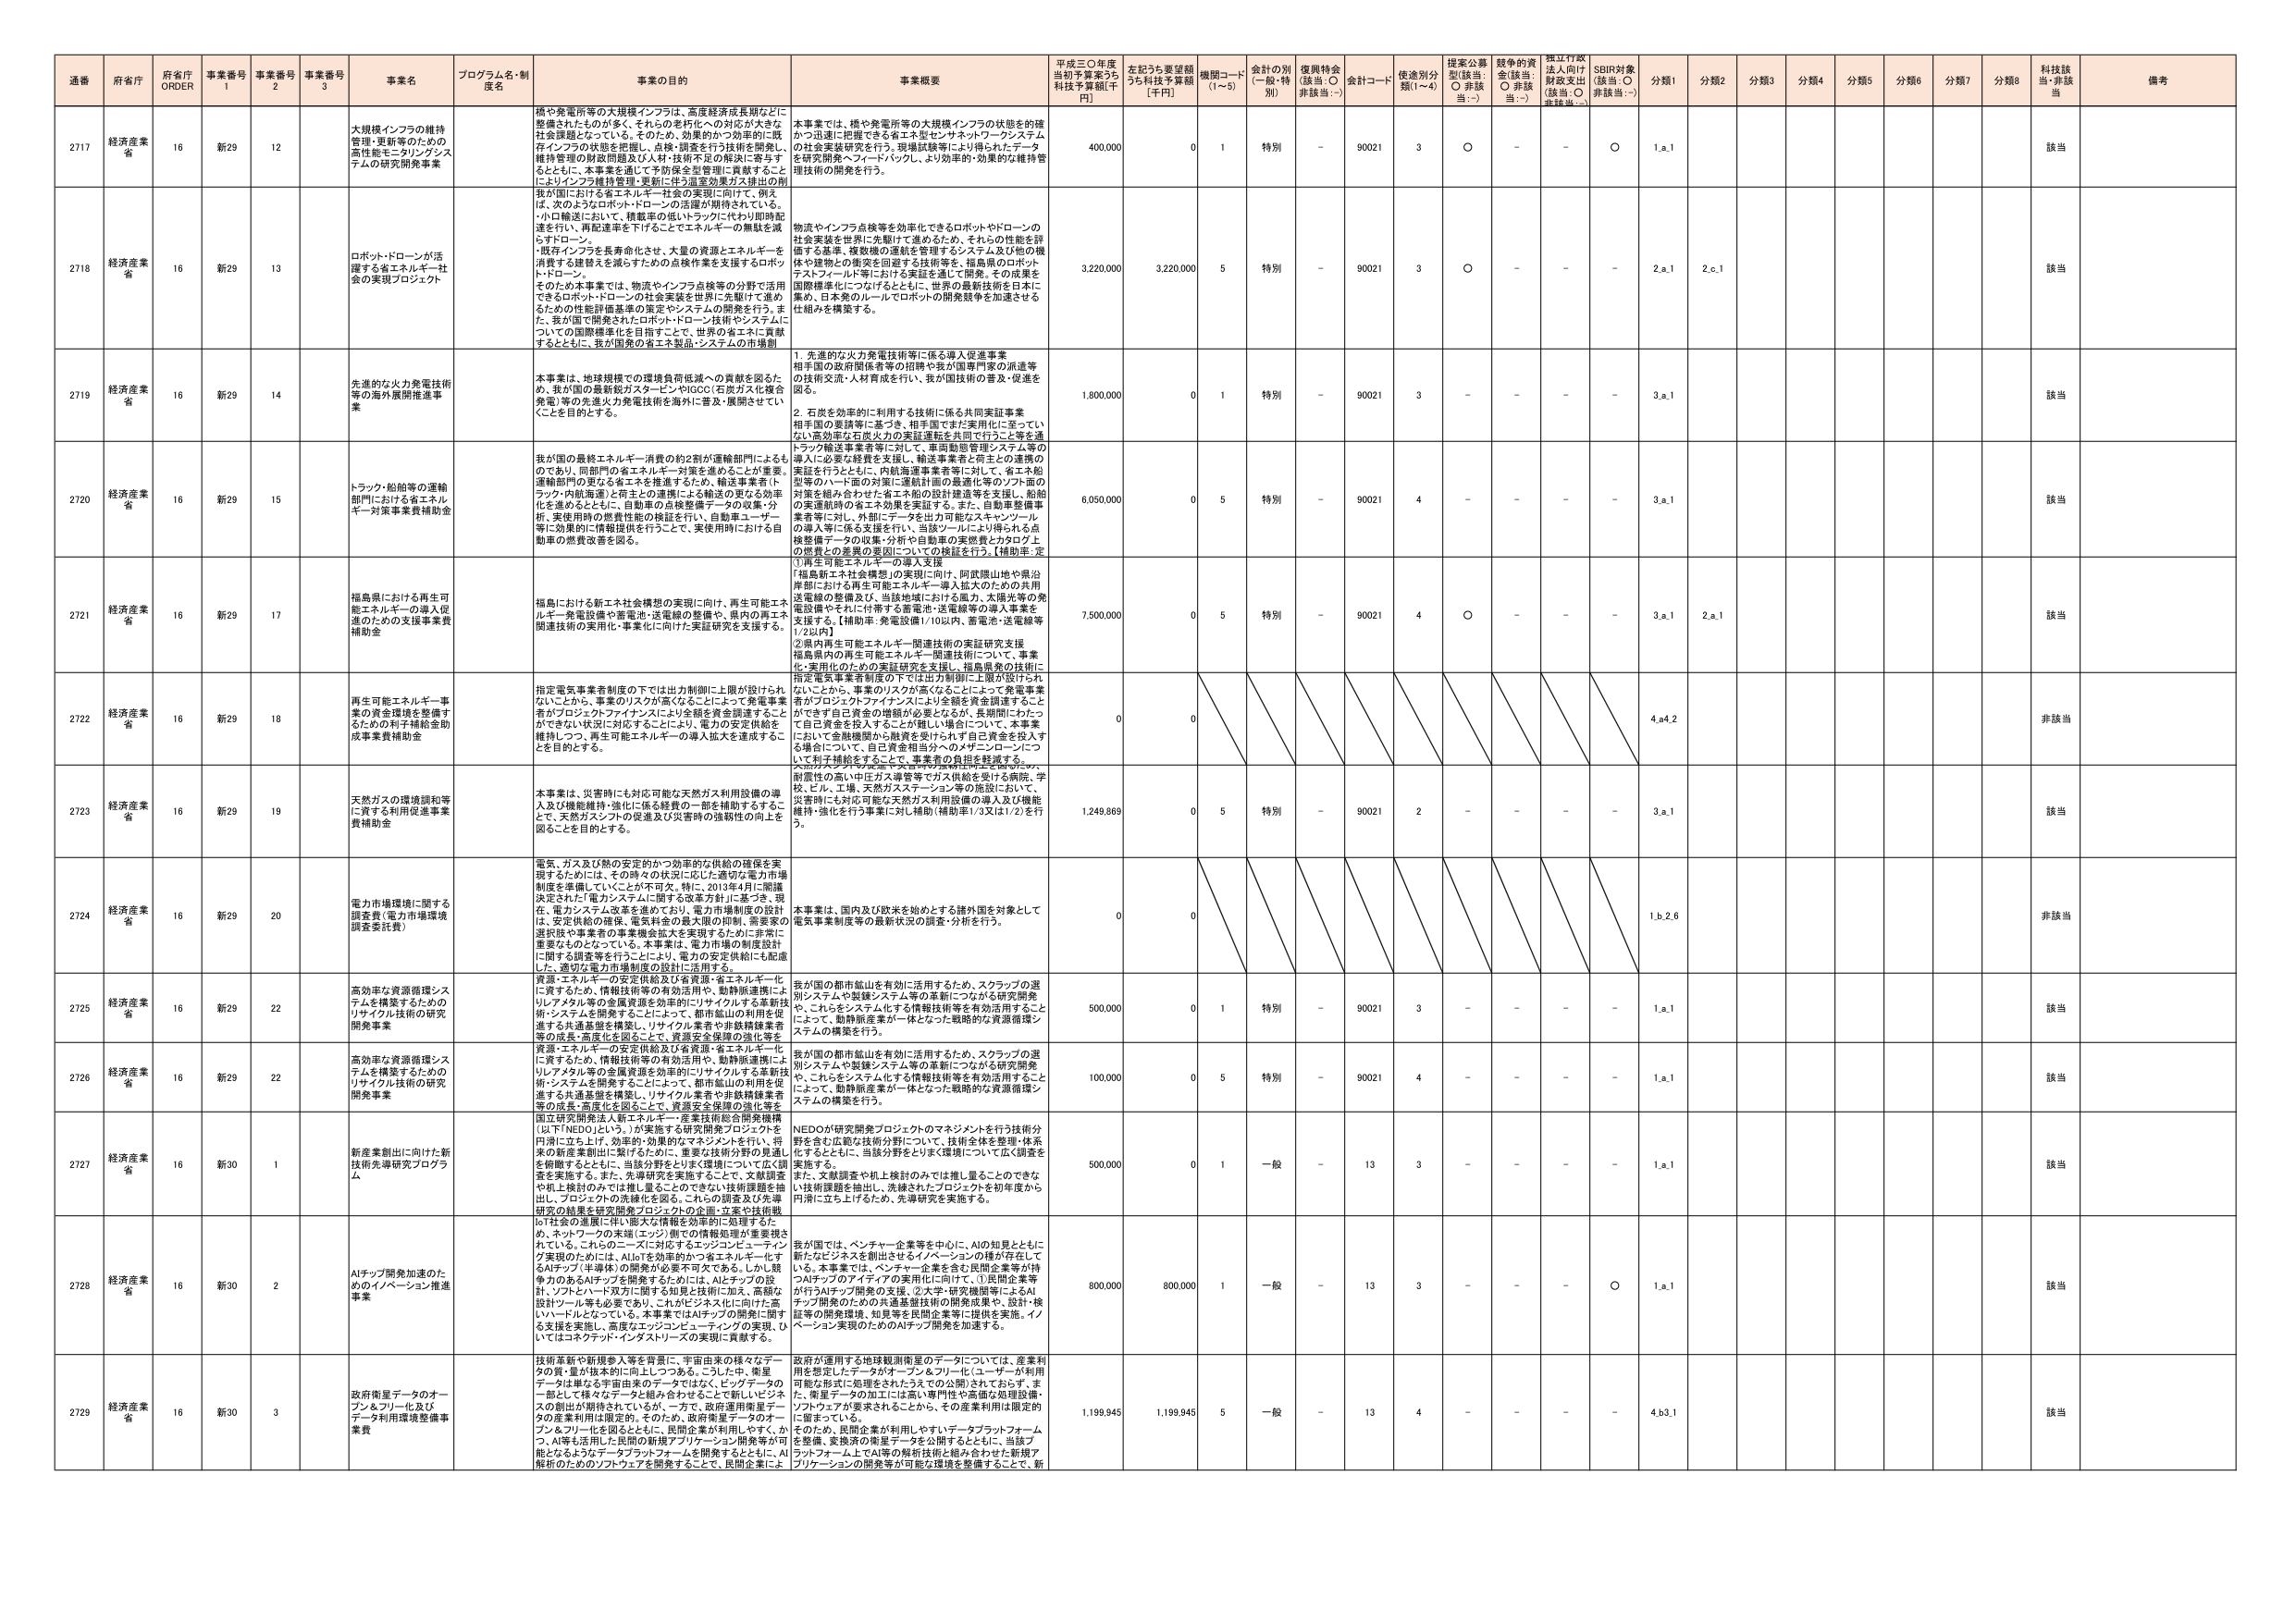
通番 府省庁 府省庁 ORDER 事業番号 1 事業番号 2 事業番号 3 事業名 プログラム名・制度名 事業の目的 事業概要 平成三〇年度当初予算案うち科技予算額[千円] 左記うち要望額うち科技予算額[千円] 機関コード(1~5) 金計の別(一般・特別) 復興特金(該当:○ 非該当:－) 会計コード 使途別分類(1~4) 提案公募型(該当:○ 非該当:－) 裁争的資金(該当:○ 非該当:－) 採択行政法人向け財政支出(該当:○ 非該当:－) SDBR対象(該当:○ 非該当:－) 分類1 分類2 分類3 分類4 分類5 分類6 分類7 分類8 科技該当・非該当 備考

2717 経済産業省 16 新29 12 大規模インフラの維持管理・更新等のための高性能モニタリングシステムの研究開発事業 橋や発電所等の大規模インフラは、高度経済成長期などに整備されたものが多く、それらの老朽化への対応が大きな社会課題となっている。そのため、効果的かつ効率的に既存インフラの状態を把握し、点検・調査を行う技術を開発し、維持管理の財政問題及び人材・技術不足の解決に寄与するとともに、本事業を通じて予防保全型管理に貢献することによりインフラ維持管理・更新に伴う温室効果ガス排出の削減が図り上げる省エネルギー社会の実現に向け、例えば、次のようロボット・ドローンの活用が期待されている。・小口輸送において、積載率の低いトラックに代わり即時配達を行い、再配達率を下げることでエネルギーの無駄を減らすロボーン。・既存インフラを長寿命化させ、大量の資源エネルギーを消費する建設工を避けるための点検作業を支援するロボット・ドローン。そのため本事業では、物流やインフラ点検等の分野で活用できるロボット・ドローンの社会実装を世界に先駆けて進めるための性能評価基準の策定やシステムの開発を行う。また、我が国で開発されたロボット・ドローン技術やシステムについての国際標準化を目指すことで、世界の省エネに貢献するとともに、我が国発の省エネ製品・システムの市場創出を図る。 本事業では、橋や発電所等の大規模インフラの状態を的確かつ迅速に把握できる省エネ型センサネットワークシステムの社会実装研究を行う。現地試験等により得られたデータを研究開発へフィードバックし、より効率的・効果的な維持管理技術の開発を行う。 400,000 0 1 特別 - 90021 3 ○ - - ○ 1.a.1 該当

2718 経済産業省 16 新29 13 ロボット・ドローンが活躍する省エネルギー社会の実現プロジェクト 物流やインフラ点検等を効率化できるロボットやドローンの社会実装を世界に先駆けて進めるため、それらの性能を評価する基準、複数機の運転を管理するシステム及び他の機体や建物との衝突の回避する技術等を、福島県のロボット・テストフィールド等における実証を通じて開発。その成果を国際標準化につなげるとともに、世界の最新技術を日本に集め、日本発のルールでロボットの開発競争を加速させる仕組みを構築する。 3,220,000 3,220,000 5 特別 - 90021 3 ○ - - - 2.a.1 2.c.1 該当

2719 経済産業省 16 新29 14 先進的な火力発電技術等の海外展開推進事業 本事業は、地球規模での環境負荷低減への貢献を図るため、我が国の最新鋭ガスタービンやIGCC（石炭ガス化複合発電）等の先進火力発電技術を海外に普及・展開させていくことを目的とする。 1. 先進的な火力発電技術等に係る導入促進事業 相手国の政府関係者等の招聘や我が国専門家の派遣等の技術交流・人材育成を行い、我が国技術の普及・促進を図る。 2. 石炭を効率的に利用する技術に係る共同証明事業 相手国の要請等に基づき、相手国でまだ実用化に至っていない高効率な石炭火力の実証運転を共同で行うこと等を通じ、トラック輸送事業者等に対して、車両動態管理システム等の導入に必要な経費を支援し、輸送事業者と荷主との連携の実証を行うとともに、内航海運事業者等に対して、省エネ船型等のハード面の対策に連結計画の最適化等のソフト面の対策を組み合わせた省エネ船の設計推進等を支援し、船舶の実連航時の省エネ効果を実証する。また、自動車整備事業者等に対し、外部にデータを出力可能なスキャンツールの導入等に係る支援を行い、当該ツールにより得られる点検整備データの収集・分析や自動車の実際費とタロゲ上の燃費との差異の要因についての検証を行う。【補助率：定 1,800,000 0 1 特別 - 90021 3 - - - - 3.a.1 該当

2720 経済産業省 16 新29 15 トラック・船舶等の運輸部門における省エネルギー対策事業費補助金 我が国の最終エネルギー消費の約2割が運輸部門によるものであり、同部門の省エネルギー対策を進めることが重要。運輸部門の更なる省エネを推進するため、輸送事業者（トラック・内航海運）と荷主との連携による輸送の更なる効率化を進めるとともに、自動車の点検整備データの収集・分析、実使用時の燃費性能の検証を行い、自動車ユーザー等に効果的に情報提供を行うことで、実使用時における自動車の燃費改善を図る。 6,050,000 0 5 特別 - 90021 4 - - - - 3.a.1 該当

2721 経済産業省 16 新29 17 福島県における再生可能エネルギーの導入促進のための支援事業費補助金 福島における新エネルギー構想の実現に向け、再生可能エネルギー発電設備や蓄電池・送電線の整備や、県内の再エネ関連技術の実用化・事業化に向けた実証研究を支援する。 ①再生可能エネルギーの導入支援 「福島県エネルギー構想」の実現に向け、阿武隈山地や県沿岸部における再生可能エネルギー導入拡大のための共用送電線の整備及び、当該地域における風力、太陽光等の発電設備やそれに付帯する蓄電池・送電線等の導入事業を支援する。【補助率：発電設備1/10以内、蓄電池・送電線等1/2以内】 ②県内再生可能エネルギー関連技術の実証研究支援 福島県内の再生可能エネルギー関連技術について、事業化・実用化のための実証研究を支援し、福島県発の技術に指定電気事業者制度の下では出力制御に工場が設けられないことから、事業のリスクが高くなることによって発電事業者がプロジェクトファイナンスにより金額を資金調達すること 7,500,000 0 5 特別 - 90021 4 ○ - - - 3.a.1 2.a.1 該当

2722 経済産業省 16 新29 18 再生可能エネルギー事業の資金環境を整備するための利子補給金助成事業費補助金 指定電気事業者制度の下では出力制御に上限が設けられないことから、事業のリスクが高くなることによって発電事業者がプロジェクトファイナンスにより金額を資金調達すること ができない状況に対応することにより、電力の安定供給を維持しつつ、再生可能エネルギーの導入拡大を達成することを目的とする。 0 0 4,a4.2 非該当

2723 経済産業省 16 新29 19 天然ガスの環境調和等に資する利用促進事業費補助金 本事業は、災害時にも対応可能な天然ガス利用設備の導入及び機能維持・強化に係る経費の一部を補助するすることで、天然ガスシフトの促進及び災害時の強靭性の向上を図ることを目的とする。 耐震性の高い中圧ガス導管等でガス供給を受ける病院、学校、ビル、工場、天然ガスステーション等の施設において、災害時にも対応可能な天然ガス利用設備の導入及び機能維持・強化を行う事業に対し補助（補助率1/3又は1/2）を行う。 1,249,869 0 5 特別 - 90021 2 - - - - 3.a.1 該当

2724 経済産業省 16 新29 20 電力市場環境に関する調査費（電力市場環境調査委託費） 電気、ガス及び熱の安定的かつ効率的な供給の確保を実現するためには、その時々の状況に応じた適切な電力市場制度を準備していくことが不可欠。特に、2013年4月に閣議決定された「電力システムに関する改革方針」に基づき、現在、電力システム改革を進めており、電力市場制度の設計は、安定供給の確保、電気料金の最大限の抑制、需要家の選択肢や事業者の事業機会拡大を実現するために非常に重要なものとなっている。本事業は、電力市場の制度設計に関する調査等を行うことにより、電力の安定供給に配慮した、適切な電力市場制度の設計に活用する。 本事業は、国内及び欧米を始めとする諸外国を対象として電気事業制度等の最新状況の調査・分析を行う。 0 0 1.b.2.6 非該当

2725 経済産業省 16 新29 22 高効率な資源循環システムを構築するためのリサイクル技術の研究開発事業 資源・エネルギーの安定供給及び省資源・省エネルギー化に資するため、情報技術等の有効活用や、臨時派遣制によりリアルタイムの金属資源を効率的にリサイクルする革新技術・システムを開発することによって、都市鉱山の利用を促進する共通基盤を構築し、リサイクル業者や非鉄精錬業者等の成長・高度化を図ることで、資源安全保障の強化等を 我が国の都市鉱山を有効に活用するため、スクラップの選別システムや製錬システム等の革新につながる研究開発や、これらをシステム化する情報技術等を有効活用することによって、臨時派遣業が一体となった戦略的な資源循環システムの構築を行う。 500,000 0 1 特別 - 90021 3 - - - - 1.a.1 該当

2726 経済産業省 16 新29 22 高効率な資源循環システムを構築するためのリサイクル技術の研究開発事業 資源・エネルギーの安定供給及び省資源・省エネルギー化に資するため、情報技術等の有効活用や、臨時派遣制によりリアルタイムの金属資源を効率的にリサイクルする革新技術・システムを開発することによって、都市鉱山の利用を促進する共通基盤を構築し、リサイクル業者や非鉄精錬業者等の成長・高度化を図ることで、資源安全保障の強化等を 我が国の都市鉱山を有効に活用するため、スクラップの選別システムや製錬システム等の革新につながる研究開発や、これらをシステム化する情報技術等を有効活用することによって、臨時派遣業が一体となった戦略的な資源循環システムの構築を行う。 100,000 0 5 特別 - 90021 4 - - - - 1.a.1 該当

2727 経済産業省 16 新30 1 新産業創出に向けた新技術先導研究プログラム 国立研究開発法人新エネルギー・産業技術総合開発機構（以下NEDOという。）が実施する研究開発プロジェクトを円滑に立ち上げ、効率的・効果的なマネジメントを行い、将来の新産業創出に繋げるために、重要な技術分野の見通しを俯瞰するとともに、当該分野を実施することで広く調査を実施する。また、先導研究を実施することで、文献調査や机上検討のみでは推し量ることができない技術課題を抽出し、プロジェクトの洗練化を図る。これらの調査及び先導研究の結果を研究開発プロジェクトの企画・立案や技術戦略の社会的連携に向けた取り組みの早期に活用するため、ネットワークの未端（エッジ）側での情報処理が重要視されている。これらのニーズに対応するエンジンとエーティング実現のためには、AIoTを効率的かつ省エネルギー化するAIチップ（半導体）の開発が必要不可欠である。しかし、競争力のあるAIチップを開発するためには、AIエッジの設計、ソフトとハード双方に関する知見と技術に加え、高額な設計ツール等も必要であり、これだけシステム化に向けた高いハードルとなっている。本事業ではAIチップの開発に関する支援を実施し、高度なエンジン・ビューティングの実現、ひいてはコネクテッド・インダストリーズの実現に貢献する。 NEDOが研究開発プロジェクトのマネジメントを行う技術分野を含む広範な技術分野について、技術全体を整理・体系化するとともに、当該分野をとりまく環境について広く調査を実施する。また、文献調査や机上検討のみでは推し量ることのできない技術課題を抽出し、洗練されたプロジェクトを初年度から円滑に立ち上げるため、先導研究を実施する。 500,000 0 1 一般 - 13 3 - - - - 1.a.1 該当

2728 経済産業省 16 新30 2 AIチップ開発加速のためののイノベーション推進事業 我が国では、ベンチャー企業等を中心に、AIの知見とともに新たなビジネスを創出させるイノベーションの種が存在している。本事業では、ベンチャー企業を含む民間企業等が持つAIチップのアイディアの実用化に向けて、①民間企業等が行うAIチップ開発の支援、②大学・研究機関等によるAIチップ開発のための共通基盤技術の開発成果や、設計・検証等の開発環境、知見等を民間企業等に提供を実施。イノベーション実現のためのAIチップ開発を加速する。 800,000 800,000 1 一般 - 13 3 - - - ○ 1.a.1 該当

2729 経済産業省 16 新30 3 政府衛星データのオープン＆フリー化及びデータ利用環境整備事業費 技術革新や新規参入等を背景に、宇宙由来の様々なデータの質・量が拡大の中に生じつつある。こうした中、衛星データは単なる宇宙由来のデータではなく、ビッグデータの一部として様々なデータと組み合わせることで新しいビジネスの創出が期待されているが、一方で、政府運用衛星データの産業利用は限定的。そのため、政府衛星データのオープン＆フリー化を図るとともに、民間企業が利用しやすく、かつ、AI等も活用した民間の新規アプリケーション開発等が可能となるようなデータプラットフォームを開発するとともに、AI解析のためのソフトウェアを開発することで、民間企業によ 政府が運用する地球観測衛星のデータについては、産業利用を想定したデータがオープン＆フリー化（ユーザーが利用可能な形式に処理をされたうえでの公開）されておらず、また、衛星データの加工には高い専門性や高価な処理設備・ソフトウェアが要求されることから、その産業利用は限定的に留まっている。そのため、民間企業が利用しやすいデータプラットフォームを整備、変換済の衛星データを公開するとともに、当該プラットフォーム上でAI等の解析技術と組み合わせた新規アプリケーションの開発等が可能な環境を整備することで、新 1,199,945 1,199,945 5 一般 - 13 4 - - - - 4.b3.1 該当